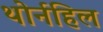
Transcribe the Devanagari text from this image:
थोर्नहिल